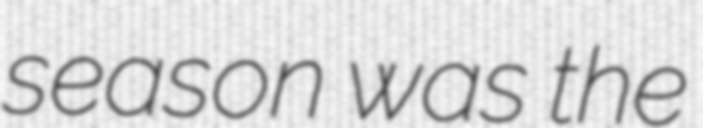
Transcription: season was the